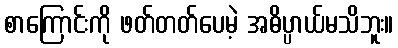
စာကြောင်းကို ဖတ်တတ်ပေမဲ့ အဓိပ္ပာယ်မသိဘူး။